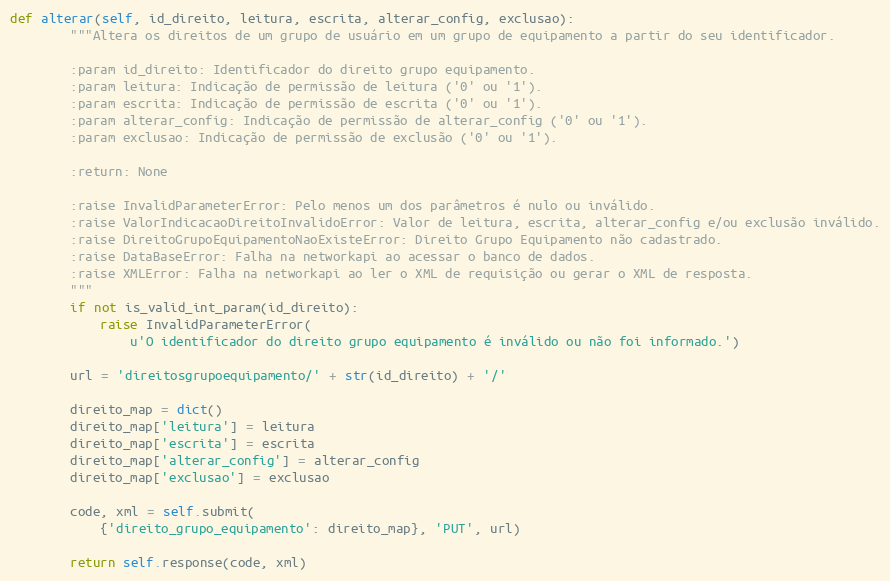
Language: Python
def alterar(self, id_direito, leitura, escrita, alterar_config, exclusao):
        """Altera os direitos de um grupo de usuário em um grupo de equipamento a partir do seu identificador.

        :param id_direito: Identificador do direito grupo equipamento.
        :param leitura: Indicação de permissão de leitura ('0' ou '1').
        :param escrita: Indicação de permissão de escrita ('0' ou '1').
        :param alterar_config: Indicação de permissão de alterar_config ('0' ou '1').
        :param exclusao: Indicação de permissão de exclusão ('0' ou '1').

        :return: None

        :raise InvalidParameterError: Pelo menos um dos parâmetros é nulo ou inválido.
        :raise ValorIndicacaoDireitoInvalidoError: Valor de leitura, escrita, alterar_config e/ou exclusão inválido.
        :raise DireitoGrupoEquipamentoNaoExisteError: Direito Grupo Equipamento não cadastrado.
        :raise DataBaseError: Falha na networkapi ao acessar o banco de dados.
        :raise XMLError: Falha na networkapi ao ler o XML de requisição ou gerar o XML de resposta.
        """
        if not is_valid_int_param(id_direito):
            raise InvalidParameterError(
                u'O identificador do direito grupo equipamento é inválido ou não foi informado.')

        url = 'direitosgrupoequipamento/' + str(id_direito) + '/'

        direito_map = dict()
        direito_map['leitura'] = leitura
        direito_map['escrita'] = escrita
        direito_map['alterar_config'] = alterar_config
        direito_map['exclusao'] = exclusao

        code, xml = self.submit(
            {'direito_grupo_equipamento': direito_map}, 'PUT', url)

        return self.response(code, xml)